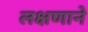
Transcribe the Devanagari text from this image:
लक्षणाने